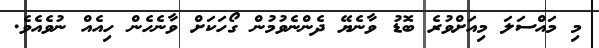
މި މައްސަލަ މިއަށްވުރެ ބޮޑު ވާނެޔޭ ދެންނެވުމުން ގޯހަކަށް ވާނެހެން ހިއެއް ނުވެއެވެ.